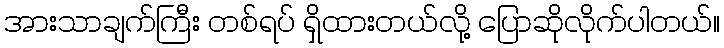
အားသာချက်ကြီး တစ်ရပ် ရှိထားတယ်လို့ ပြောဆိုလိုက်ပါတယ်။